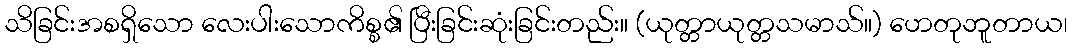
သိခြင်းအစရှိသော လေးပါးသောကိစ္စ၏ ပြီးခြင်းဆုံးခြင်းတည်း။ (ယုတ္တာယုတ္တသမာသ်။) ဟေတုဘူတာယ၊